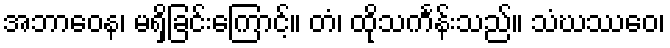
အဘာဝေန၊ မရှိခြင်းကြောင့်။ တံ၊ ထိုသင်္ကန်းသည်။ သံဃဿေဝ၊